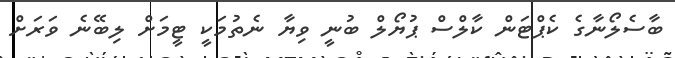
ބާސެލޯނާގެ ކެޕްޓަން ކާލްސް ޕުޔޯލް ބުނީ ވިޔާ ނެތުމަކީ ޓީމަށް ލިބޭނެ ވަރަށް